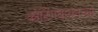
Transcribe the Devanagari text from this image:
कोटिंगबाबतच्या